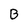
Character: B